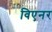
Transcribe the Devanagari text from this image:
विएनर